Tartu_Kolgata_baptistikogudus, lk 6
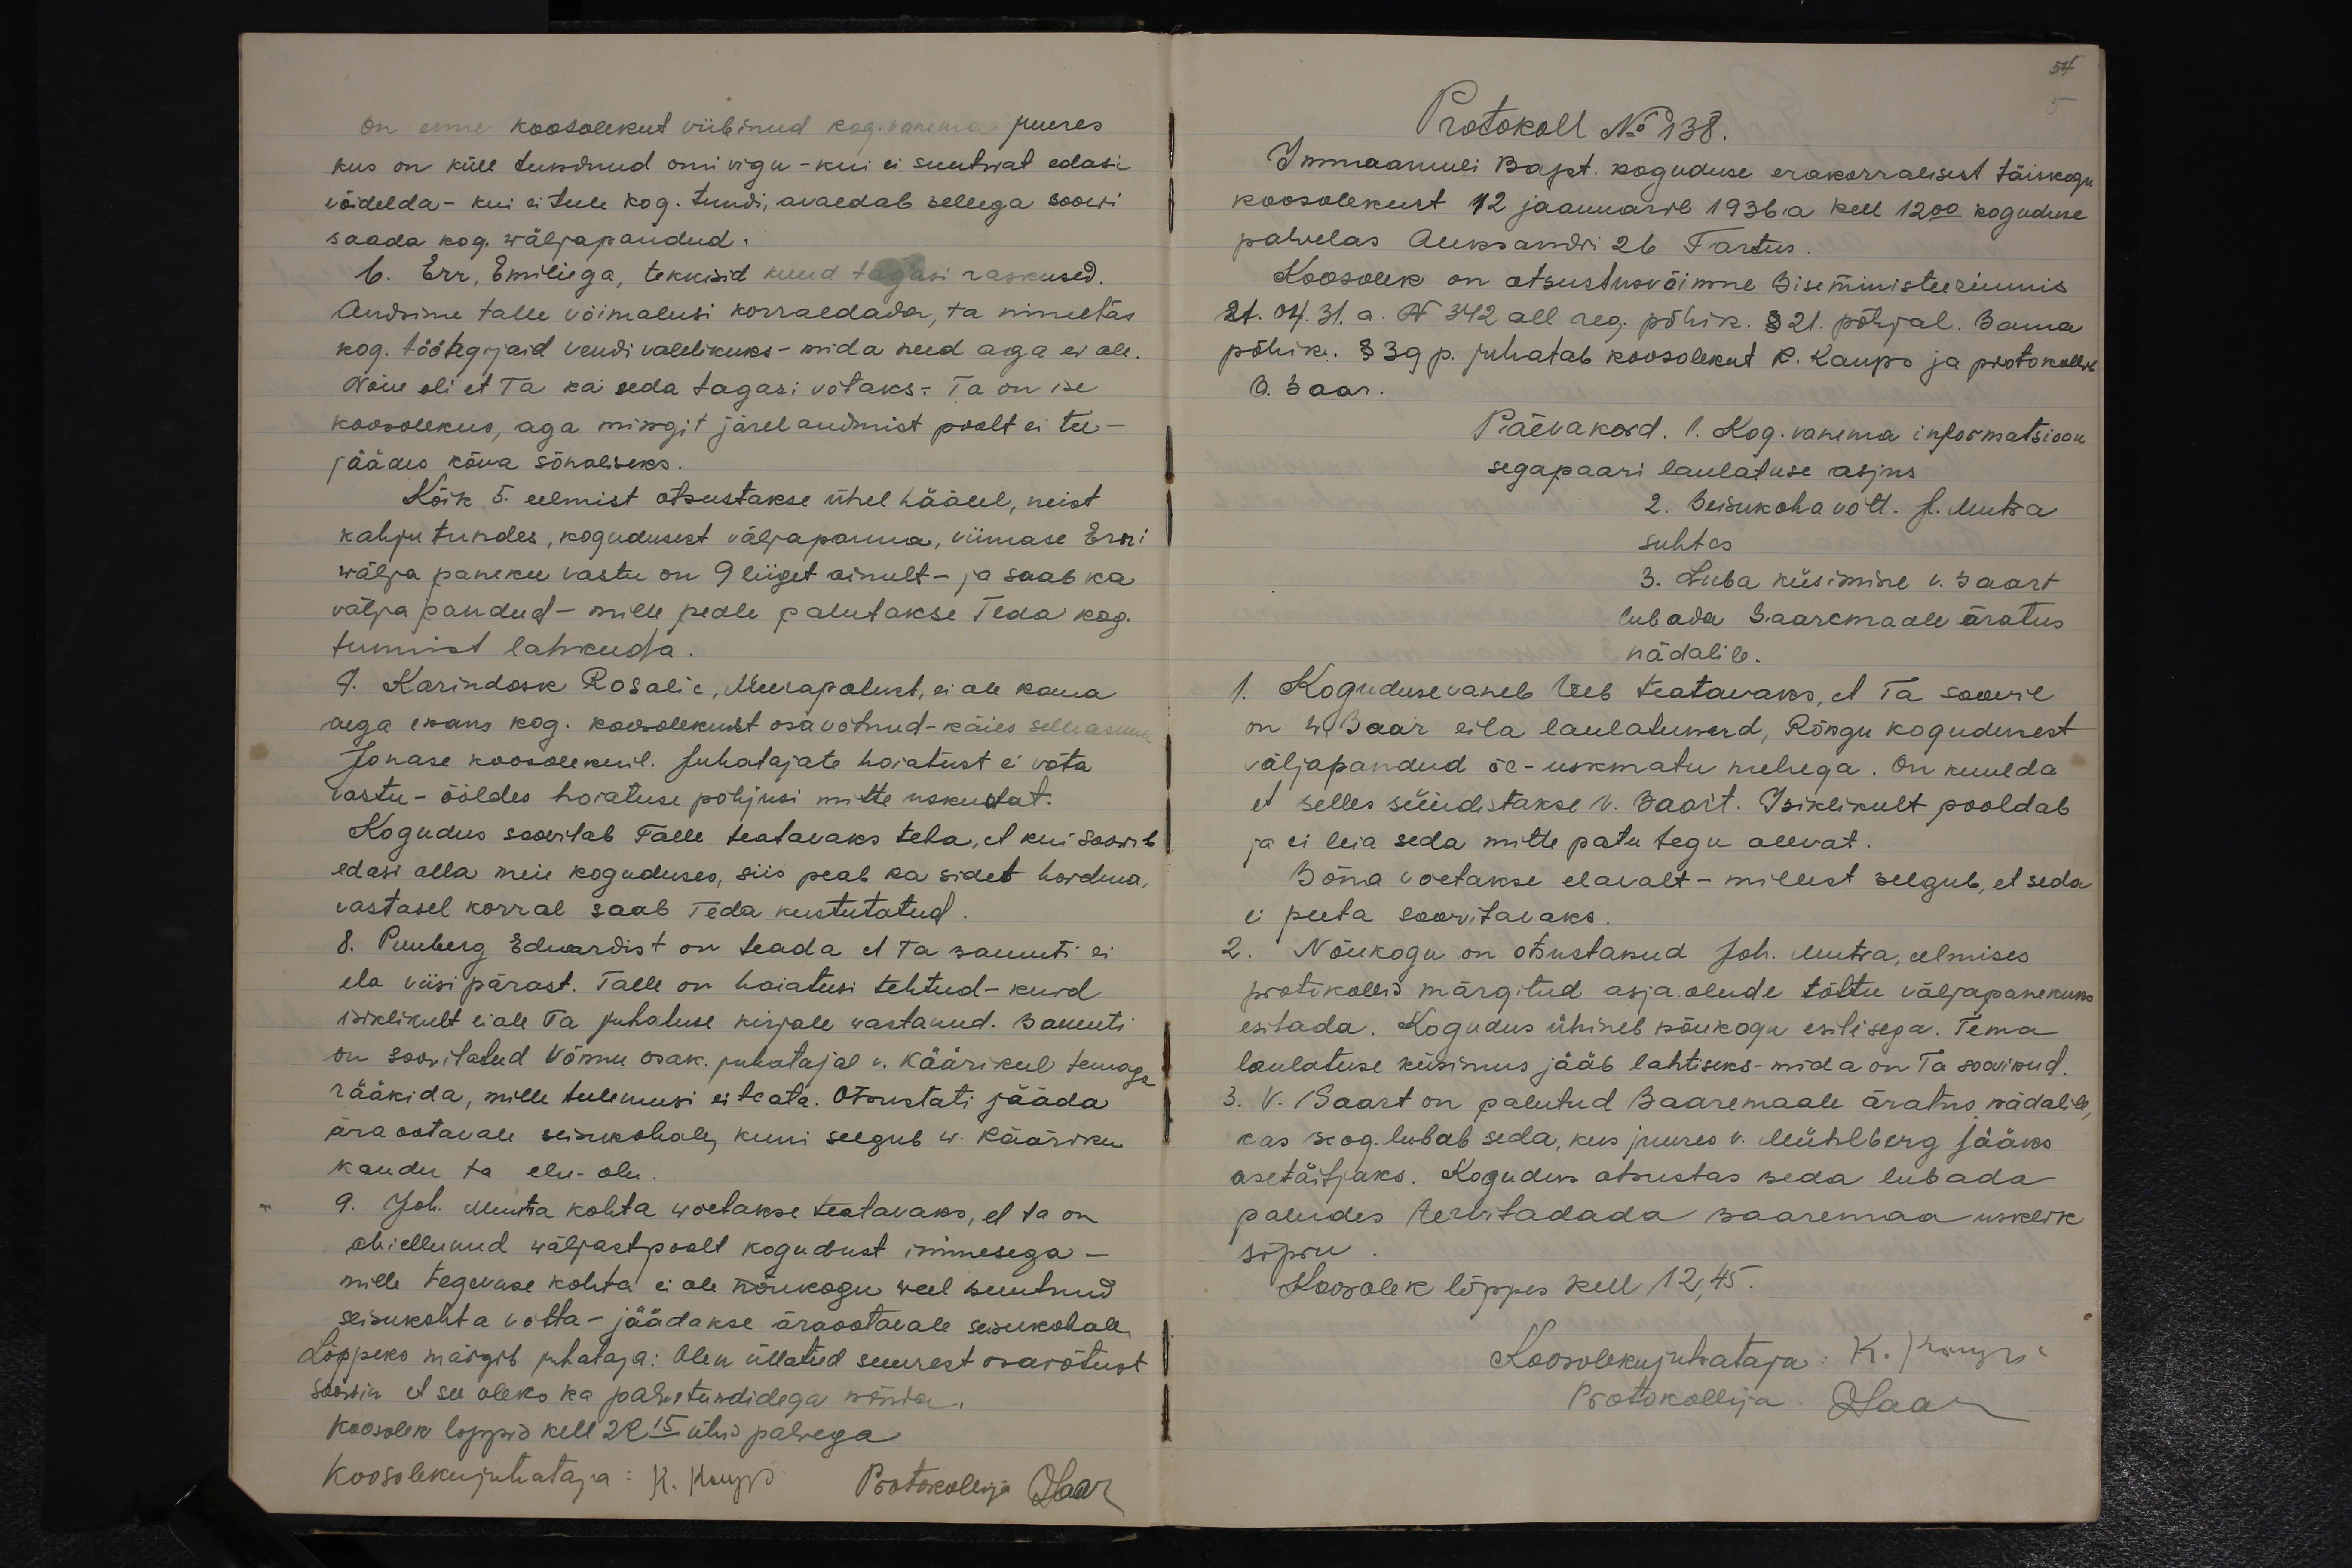
on enne koosolekut viibinud kog. vanema juures
kus on küll tundnud omi vigu - kui ei suutwat edasi
võidelda - kui ei tule kog. tundi, avaldab sellega soowi
saada kog. wäljapandud.
6. Err, Emiliega, tekkisid kuud tagasi raskused.
Andsime talle võimalusi korraldada, ta nimetas,
kog. töötegijaid vendi valelikuks - mida need aga ei ole.
Nõue oli et ta ka seda tagasi võtaks: Ta on ise
koosolekus, aga mingit järeleandmist poolt ei tee -
jäädes kõva sõnaliseks.
Kõik 5. eelmist otsustakse ühel häälel, neist
kahju tundes, kogudusest väljapanna, viimase Erri
wälja paneku vastu on 9 liiget ainult - ja saab ka
välja pandud - mille peale palutakse teda kog.
tunnist lahkuda.
/. Karindosk Rosalie, Meerapalust, ei ole kaua
aega enam kog. koosolekust osavõtnud - käies selle asemel
Jonase koosolekuil. Juhatajate hoiatust ei võta
vastu - ööldes hoiatuse põhjusi mitte uskuvat.
Kogudus soovitab Talle teatavaks teha, et kui soowib
edasi olla meie koguduses, siis peab ka sidet hoidma,
vastasel korral saab teda kustutatud.
8. Puuberg Eduardist on teada et ta samuti ei
ela viisipärast. Talle on hoiatusi tehtud - kuid
isiklikult ei ole Ta juhatuse kirjale vastanud. Samuti
on soovitatud Võnnu osak. puhatajal v. Käärikul temaga
rääkida, mille tulemusi ei teata. Otsustati jääda
ära ootavale seisukohale, kuni selgub w. Kääriku
kaudu ta elu-olu.
9. Joh. Muuta kohta wõetakse teatavaks, et ta on
abiellunud wäljastpoolt kogudust inimesega -
mille tegevuse kohta ei ole nõukogu weel suutnud
seisukohta võtta - jäädakse äraootavale seisukohale
Lõppeks märgib juhataja: Olen üllatud suurest osavõtust
Soowin et see oleks ka palwetundidega nõnda.
Koosolek lõppid kell 22.15 ühis palvega
Koosolekujuhataja: K. Kaups Protokollija Saar

54
Protokoll No 138.
Immaanueli bapt. koguduse erakorralisest täiskogu
koosolekust 12 jaanuaril 1936. a kell 12.00 koguduse
palvelas Aleksandri 26 Tartus.
Koosolek on otsustusvõimne Siseministeeriumis
21.04.31. a. N 342 all reg. põhik. § 21. põhjal. Sama
põhik. § 39 p. juhatab koosolekut K. Kaups ja protokollib
O. Saar.
Päevakord. 1. Kog. vanema informatsioon
segapaari laulatuse asjus.
2. Seisukoha võtt. J. Mutsa
suhtes.
3. Luba küsimine v. Saart
lubada Saaremaale äratus.
nädalile.
1. Kogudusevaneb teeb teatavaks, et ta soovil
on w. Saar eila laulatunud, Rõngu kogudusest
väljapandud õe - uskmatu mehega. On kuulda
et selles süüdistakse v. Saart. Isiklikult pooldab
ja ei leia seda mitte patu tegu olevat.
Sõna võetakse elavalt - millest selgub, et seda
ei peeta soovitavaks.
2. Nõukogu on otsustanud Joh. Mutsa, eelmises
protokollis märgitud asjaolude tõttu väljapanekuks
esitada. Kogudus ühineb nõukogu esitisega. Tema
laulatuse küsimus jääb lahtiseks - mida on Ta soovinud
3. V. Saart on palutud Saaremaale äratus nädalile
kas kog. lubab seda, kus juures v. Mühlberg jääks
asetäitjaks. Kogudus otsustas seda lubada
paludes tervitadada Saaremaa usklike
sõpru.
Koosolek lõppes kell 12.45.
Koosolekujuhataja: K. Kaups
Protokollija. Saar